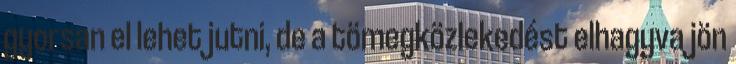
gyorsan el lehet jutni, de a tömegközlekedést elhagyva jön